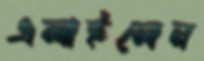
এলাইলেন